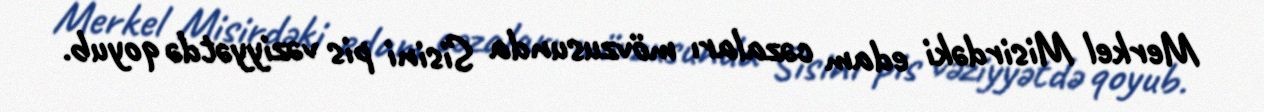
Merkel Misirdəki edam cəzaları mövzusunda Sisini pis vəziyyətdə qoyub.